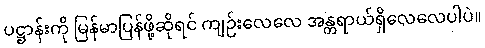
ပဋ္ဌာန်းကို မြန်မာပြန်ဖို့ဆိုရင် ကျဉ်းလေလေ အန္တရာယ်ရှိလေလေပါပဲ။